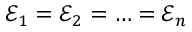
\mathcal { E } _ { 1 } = \mathcal { E } _ { 2 } = \ldots = \mathcal { E } _ { n }